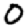
Digit: 0